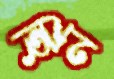
হিন